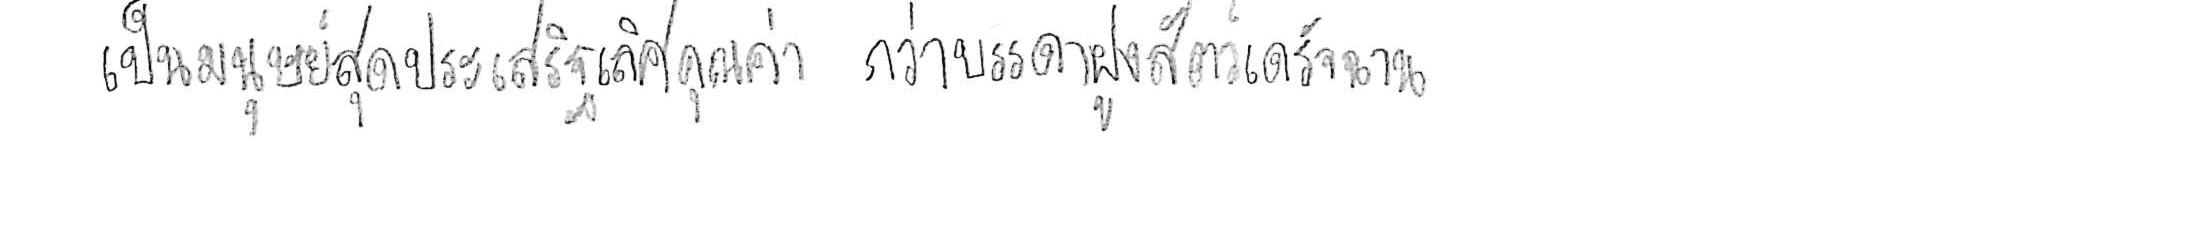
เป็นมนุษย์สุดประเสริฐเลิศคุณค่า กว่าบรรดาฝูงสัตว์เดรัจฉาน